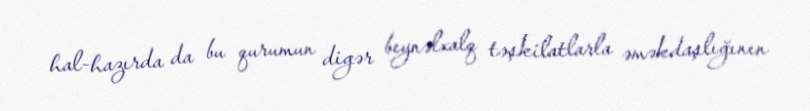
hal-hazırda da bu qurumun digər beynəlxalq təşkilatlarla əməkdaşlığının